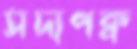
সদ্যপক্ব